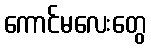
ကောင်မလေးတွေ